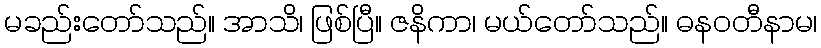
မခည်းတော်သည်။ အာသိ၊ ဖြစ်ပြီ။ ဇနိကာ၊ မယ်တော်သည်။ ဓနဝတီနာမ၊